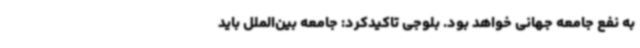
به نفع جامعه جهانی خواهد بود. بلوجی تاکیدکرد: جامعه بین‌الملل باید